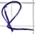
Text: R